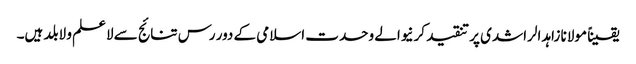
یقیناً مولانا زاہد الراشدی پر تنقید کرنیوالے وحدت اسلامی کے دور رس تنائج سے لاعلم و لابلد ہیں۔